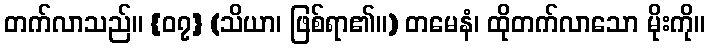
တက်လာသည်။ {၀၇} (သိယာ၊ ဖြစ်ရာ၏။) တမေနံ၊ ထိုတက်လာသော မိုးကို။